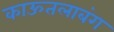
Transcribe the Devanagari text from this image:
काऊतलाबंग